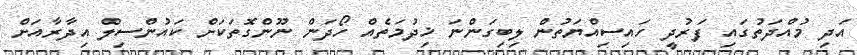
އަދި މުއްދަތުގައި ފަރުދީ ހައިސިއްޔަތުން ލިބިގަންނަ ޚިދުމަތެއް ހޯދަން ނޫންގޮތަކަށް ކައުންސިލް އިދާރާއަށް